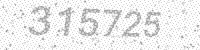
Solution: 315725